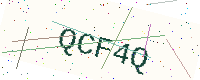
Text: QCF4Q